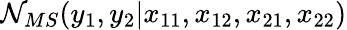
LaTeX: \mathcal{N}_{MS}(y_{1},y_{2}\vert x_{11},x_{12},x_{21},x_{22})